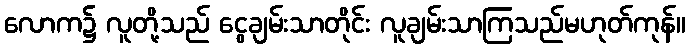
လောက၌ လူတို့သည် ငွေချမ်းသာတိုင်း လူချမ်းသာကြသည်မဟုတ်ကုန်။